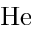
\mathrm { H e }